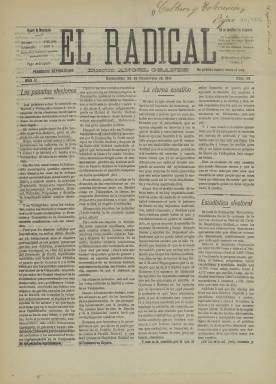
Título: El Radical (Valdepeñas)
Colección: Periódicos
Ámbito geográfico: Ciudad Real
Lugar de publicación: Valdepeñas [Ciudad Real]
Fechas: 25/11/1911-25/11/1911

Semanario republicano afín al líder del Partido Republicano Radical, Alejandro Lerroux, periodista en sus inicios que fundó el partido en Barcelona en 1908 y se trasladó más tarde a Madrid para fundar en 1910 El Radical. El periódico de Valdepeñas saldría ese año poco después para defender las mismas ideas. Su propietario y director fue Ángel Grande.

  Al igual que el periódico madrileño del mismo título, El Radical se caracterizó por su ideario anticlerical y por oponerse no solo a las fuerzas conservadoras sino al socialismo, dado que rechazaba la lucha de clases, aunque abogaba por la defensa de los obreros.

  La Biblioteca Nacional de España solo posee un número de esta publicación, el correspondiente al 25 de noviembre de 1911. El semanario se prolongó hasta finales de 1913, cuando cesó. Constaba de cuatro páginas y su contenido estaba fuertemente marcado por su ideario, con el que juzgaba la información de actualidad.

  Aunque dedicaba atención a las noticias de ámbito nacional, el periódico estaba volcado en la información local, con duras críticas a la actuación del alcalde. No podía faltar en una localidad tan caracterizada por el viñedo la información sobre este cultivo. En el número que posee la BNE se puede leer un artículo sobre la filoxera, la terrible plaga que afectaba a la vid.

  Se pueden encontrar también entre sus páginas notas de sociedad.  Así se da cuenta de la boda de un correligionario en la que todos los asistentes, según se destaca, eran de la clase trabajadora. Según el periódico, reinó entre todos ellos ‘franqueza y verdadera fraternidad; solo se respiraba sencillez e inocencia, orden y armonía más completa’.

  Como era costumbre en la prensa local, la última página estaba dedicada a la publicidad, que invadía incluso en ocasiones la página anterior. Los anuncios eran la forma en que estos periódicos podían sobrevivir y pagar los gastos de edición e impresión. En la Biblioteca Virtual de Castilla-La Mancha puede consultarse la colección digitalizada de este semanario de Valdepeñas.

[Descripción publicada el 20/09/2024]